Elephants and their diseases
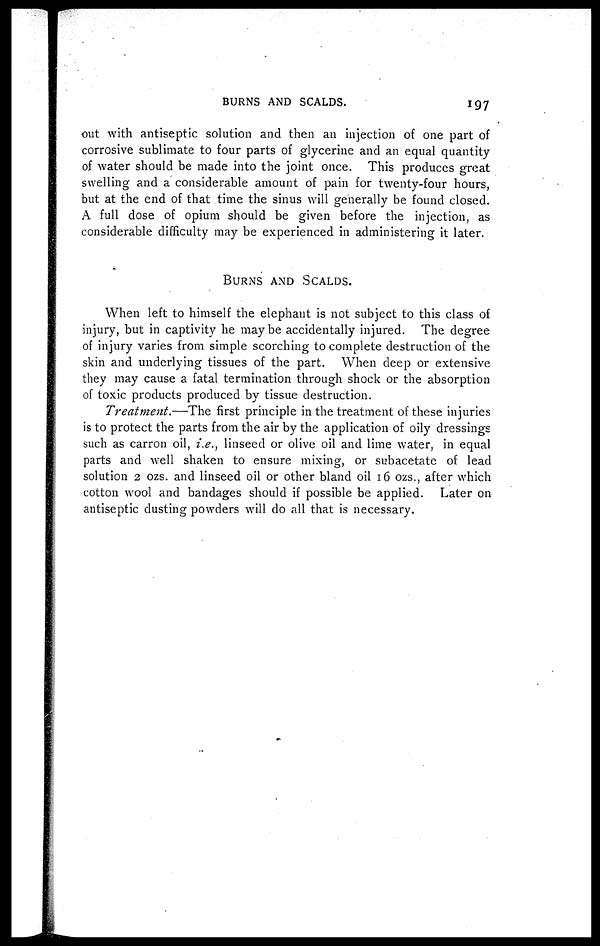
BURNS AND SCALDS.
197
out with antiseptic solution and then an injection of one part of
corrosive sublimate to four parts of glycerine and an equal quantity
of water should be made into the joint once. This produces great
swelling and a considerable amount of pain for twenty-four hours,
but at the end of that time the sinus will generally be found closed.
A full dose of opium should be given before the injection, as
considerable difficulty may be experienced in administering it later.
BURNS AND SCLADS.
When left to himself the elephant is not subject to this class of
injury, but in captivity he may be accidentally injured. The degree
of injury varies from simple scorching to complete destruction of the
skin and underlying tissues of the part. When deep or extensive
they may cause a fatal termination through shock or the absorption
of toxic products produced by tissue destruction.
Treatment.—The first principle in the treatment of these injuries
is to protect the parts from the air by the application of oily dressings
such as carron oil, i.e., linseed or olive oil and lime water, in equal
parts and well shaken to ensure mixing, or subacetate of lead
solution 2 ozs. and linseed oil or other bland oil 16 ozs., after which
cotton wool and bandages should if possible be applied. Later on
antiseptic dusting powders will do all that is necessary.